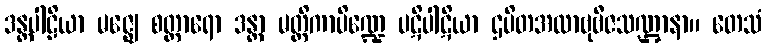
ဒန္တပါဠိယာ မဇ္ဈေ စတ္တာရော ဒန္တာ မတ္တိကာပိဏ္ဍေ ပဋိပါဋိယာ ဌပိတအလာဗုဗီဇသဏ္ဌာနာ။ တေသံ